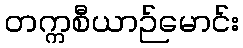
တက္ကစီယာဉ်မောင်း